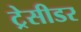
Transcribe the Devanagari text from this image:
ट्रेसीडर